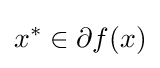
x^{*}\in \partial f(x)